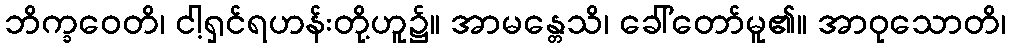
ဘိက္ခဝေတိ၊ ငါ့ရှင်ရဟန်းတို့ဟူ၌။ အာမန္တေသိ၊ ခေါ်တော်မူ၏။ အာဝုသောတိ၊